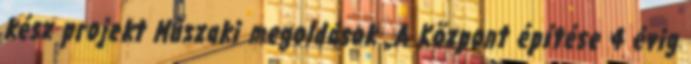
kész projekt Műszaki megoldások „A Központ építése 4 évig